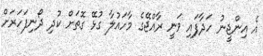
އެ އިންޖީނު ހަދާފައި ވަނީ ރާއްޖޭގެ މާހައުލާ ގުޅޭ ގޮތަށް ކުދި ދޯނިފަހަރަށް